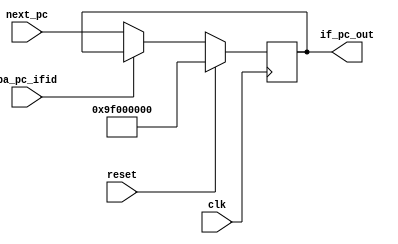
module PC_register(
	input clk,
	input reset,
	input pa_pc_ifid,
	input [31:0]next_pc,
	output [31:0]if_pc_out
);

	reg [31:0]I_pc_out;
	
	always @ (posedge clk) begin
		if (reset)
			I_pc_out = 32'h9F00_0000;
		else if (pa_pc_ifid == 1'b0)
			I_pc_out = next_pc;
	end
	assign if_pc_out = I_pc_out;

endmodule